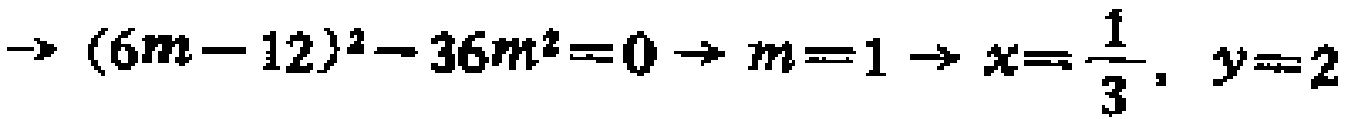
\(\rightarrow (6m - 12)^2 - 36m^2 = 0 \rightarrow m = 1 \rightarrow x=\frac{1}{3}, y = 2\)